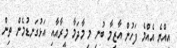
އިއްޔެ އެއްމެ ފަހުން އާޒިމާ ބުނި މި މާދަމާ މީރާއާއި އަޅުގަނޑުމެން ތިން